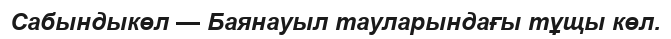
Сабындыкөл — Баянауыл тауларындағы тұщы көл.